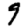
Digit: 9